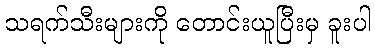
သရက်သီးများကို တောင်းယူပြီးမှ ခူးပါ